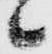
候